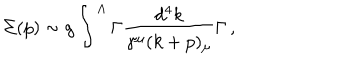
\Sigma ( p ) \sim g \int ^ { \Lambda } \Gamma \frac { d ^ { 4 } k } { \gamma ^ { \mu } ( k + p ) _ { \mu } } \Gamma \, ,